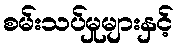
စမ်းသပ်မှုများနှင့်